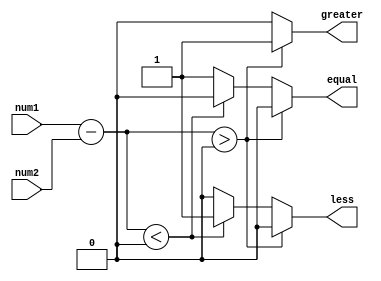
module magnitude_comparator (
    input signed [31:0] num1,
    input signed [31:0] num2,
    output reg greater,
    output reg less,
    output reg equal
);

reg signed [31:0] diff;

always @* begin
    diff = num1 - num2;
    
    if (diff > 0) begin
        greater = 1;
        less = 0;
        equal = 0;
    end else if (diff < 0) begin
        greater = 0;
        less = 1;
        equal = 0;
    end else begin
        greater = 0;
        less = 0;
        equal = 1;
    end
end

endmodule